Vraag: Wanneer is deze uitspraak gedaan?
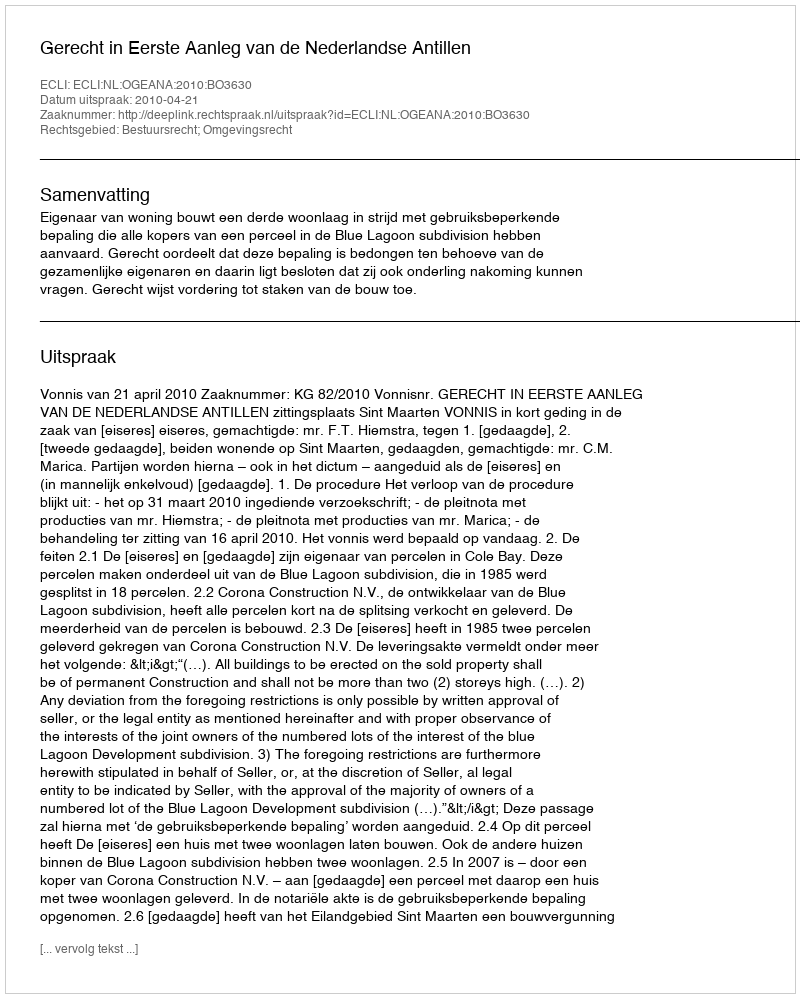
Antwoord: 2010-04-21